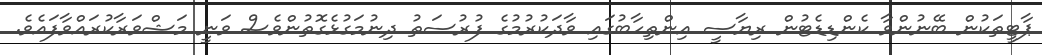
ޕާޓީތަކުން ބޭނުންވާ ކެންޑިޑެޓުން ރިޔާސީ އިންތިހާބުގައި ވާދަކުރުމުގެ ފުރުސަތު ދިނުމަގުޅެގޮތުންވެސް ވަނީ މަޝްވަރާކުރައްވާފައެވެ.